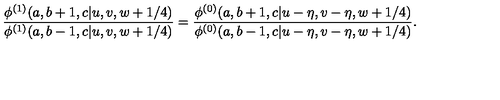
\displaystyle { \frac { \phi ^ { ( 1 ) } ( a , b + 1 , c | u , v , w + 1 / 4 ) } { \phi ^ { ( 1 ) } ( a , b - 1 , c | u , v , w + 1 / 4 ) } } = \displaystyle { \frac { \phi ^ { ( 0 ) } ( a , b + 1 , c | u - \eta , v - \eta , w + 1 / 4 ) } { \phi ^ { ( 0 ) } ( a , b - 1 , c | u - \eta , v - \eta , w + 1 / 4 ) } } .